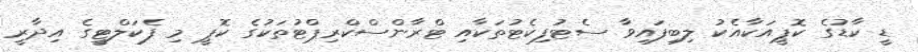
ޑީ ކާޑުގެ ކޮޕީއަކާއެކު ލިބިފައިވާ ސެޓުފިކެޓުތަކާއި ޓްރާންސްކްރިޕްޓުތަކުގެ ކޮޕީ މި ފެކަލްޓީގެ އިދާރީ